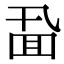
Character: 𪜖